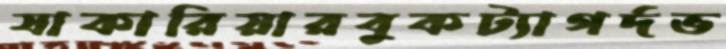
যাকারিয়ারবুকট্যাগর্দভ